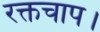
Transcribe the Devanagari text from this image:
रक्तचाप।